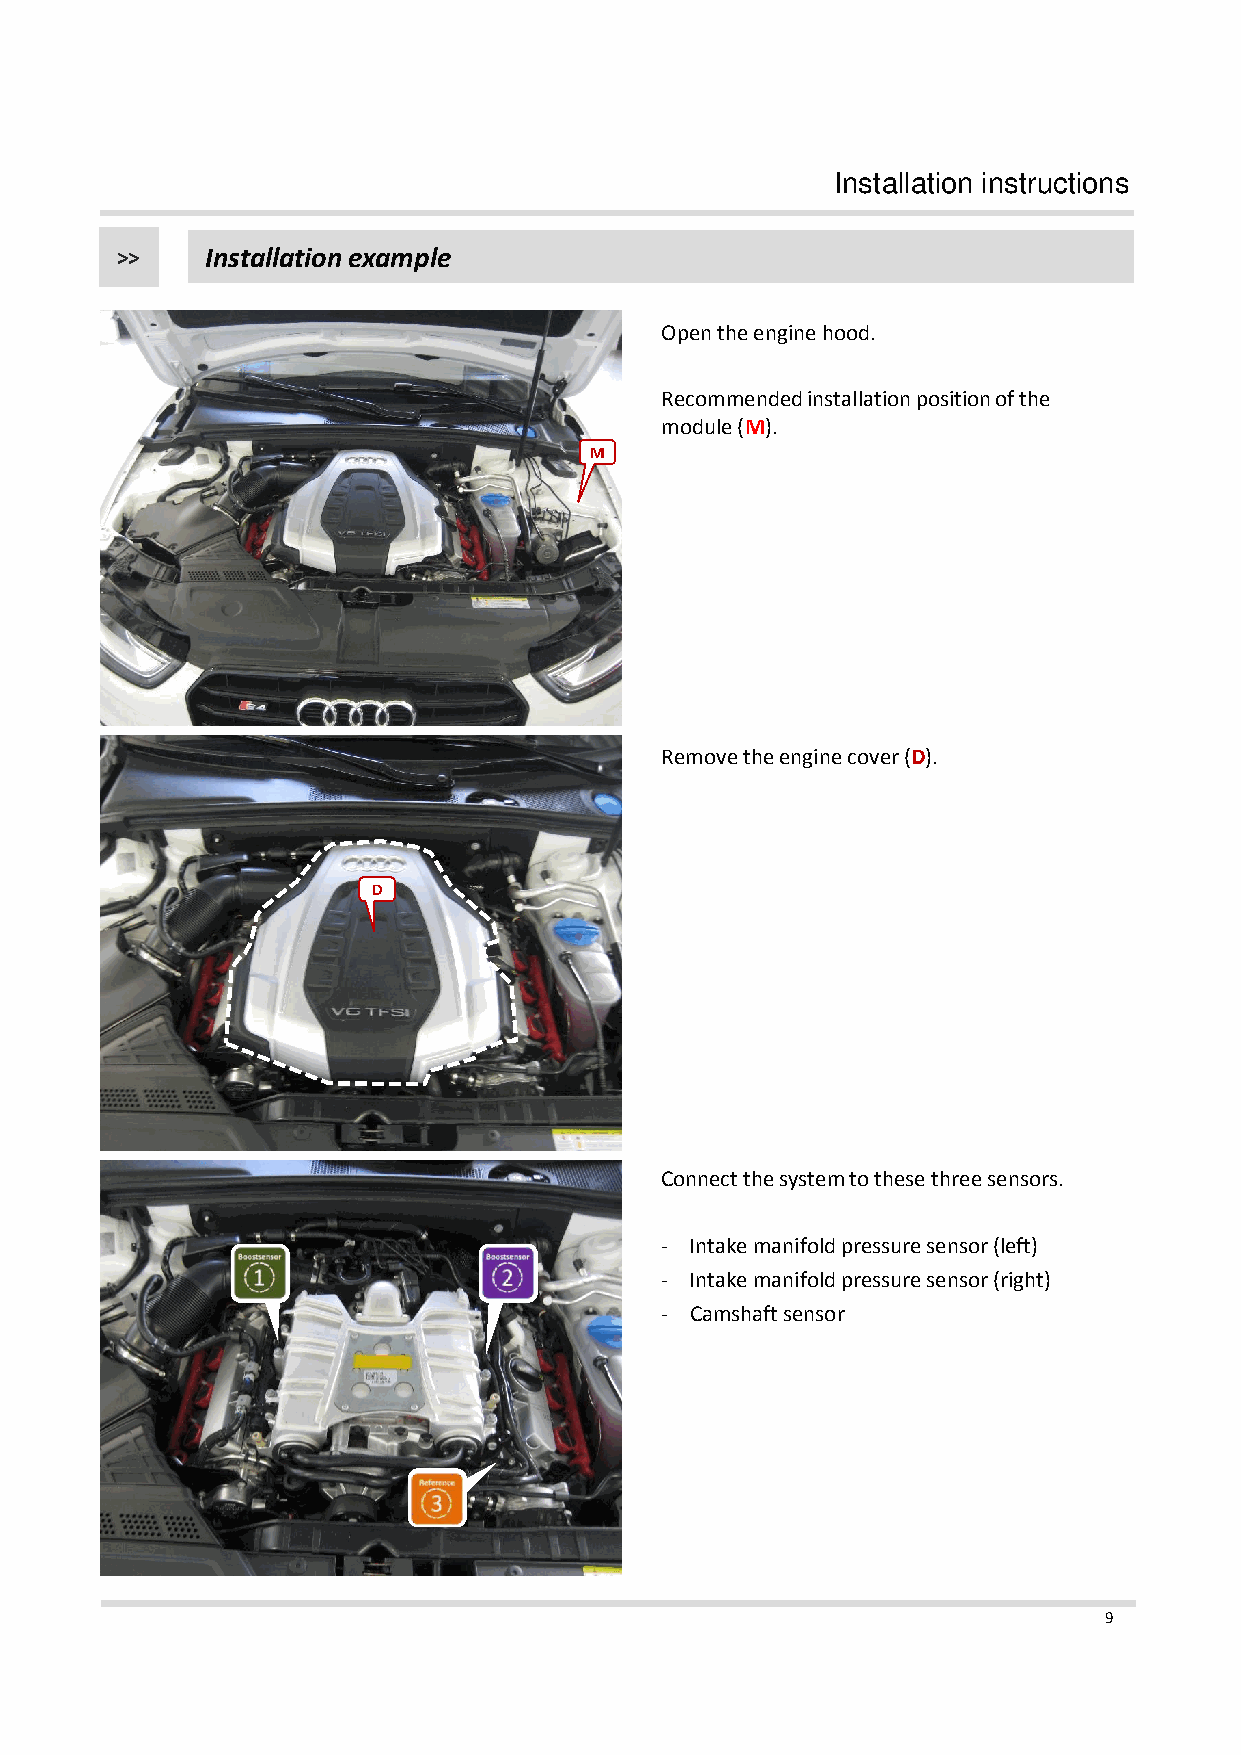
Installation instructions
 >>    Installation example
 Open the engine hood.
 Recommended installation position of the
 module (M).
 M
 Remove the engine cover (D).
 D
 Connect the system to these three sensors.
 - Intake manifold pressure sensor (left)
 - Intake manifold pressure sensor (right)
 - Camshaft sensor
 9